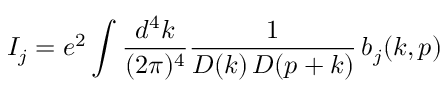
I _ { j } = e ^ { 2 } \int { \frac { d ^ { 4 } k } { ( 2 \pi ) ^ { 4 } } } { \frac { 1 } { D ( k ) \, D ( p + k ) } } \, b _ { j } ( k , p )